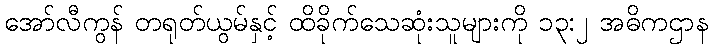
အော်လီကွန် တရုတ်ယွမ်နှင့် ထိခိုက်သေဆုံးသူများကို ၁၃:၂ အဓိကဌာန